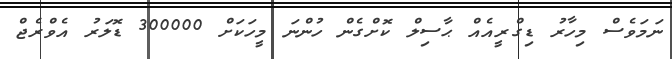
ނަމަވެސް މިހާރު ޑިގްރީއެއް ޙާސިލް ކޮށްގެން ހުންނަ މީހަކަށް 300000 ޑޮލަރު އެވްރެޖް